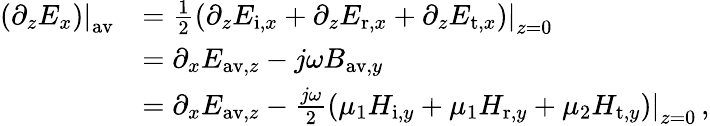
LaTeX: \begin{array}{rl}{\left.\left(\partial_{z}E_{x}\right)\right|_{\mathrm{av}}}&{=\frac{1}{2}\left.\left(\partial_{z}E_{\mathrm{i},x}+\partial_{z}E_{\mathrm{r},x}+\partial_{z}E_{\mathrm{t},x}\right)\right|_{z=0}}\\ &{=\partial_{x}E_{\mathrm{av},z}-j\omega B_{\mathrm{av},y}}\\ &{=\partial_{x}E_{\mathrm{av},z}-\frac{j\omega}{2}\left.\left(\mu_{1}H_{\mathrm{i},y}+\mu_{1}H_{\mathrm{r},y}+\mu_{2}H_{\mathrm{t},y}\right)\right|_{z=0}\, ,}\end{array}